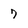
Character: 7